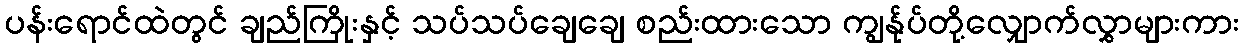
ပန်းရောင်ထဲတွင် ချည်ကြိုးနှင့် သပ်သပ်ချေချေ စည်းထားသော ကျွန်ုပ်တို့လျှောက်လွှာများကား